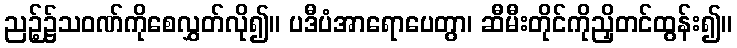
ညဉ့်၌သဝဏ်ကိုစေလွှတ်လို၍။ ပဒီပံအာရောပေတွာ၊ ဆီမီးတိုင်ကိုညှိတင်ထွန်း၍။